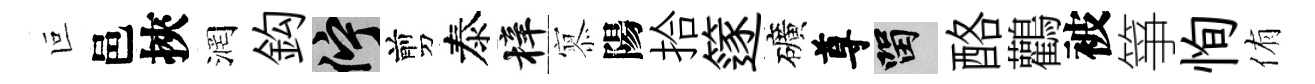
叵邑挾润鈎伫剪泰梓𡪹陽拾篴礦尊留酪鸛被箏恂侑